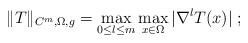
LaTeX: \begin{align*}\|T\|_{C^m,\Omega,g}=\max_{0\le l\le m}\max_{x\in\Omega}|\nabla^lT(x)|\;;\end{align*}